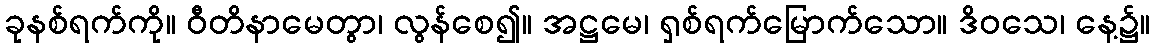
ခုနစ်ရက်ကို။ ဝီတိနာမေတွာ၊ လွန်စေ၍။ အဋ္ဌမေ၊ ရှစ်ရက်မြောက်သော။ ဒိဝသေ၊ နေ့၌။